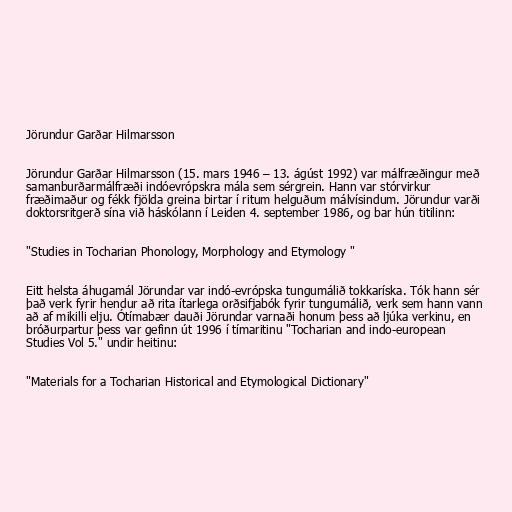
Jörundur Garðar Hilmarsson

Jörundur Garðar Hilmarsson (15. mars 1946 – 13. ágúst 1992) var málfræðingur með
samanburðarmálfræði indóevrópskra mála sem sérgrein. Hann var stórvirkur
fræðimaður og fékk fjölda greina birtar í ritum helguðum málvísindum. Jörundur varði
doktorsritgerð sína við háskólann í Leiden 4. september 1986, og bar hún titilinn:

"Studies in Tocharian Phonology, Morphology and Etymology "

Eitt helsta áhugamál Jörundar var indó-evrópska tungumálið tokkaríska. Tók hann sér
það verk fyrir hendur að rita ítarlega orðsifjabók fyrir tungumálið, verk sem hann vann
að af mikilli elju. Ótímabær dauði Jörundar varnaði honum þess að ljúka verkinu, en
bróðurpartur þess var gefinn út 1996 í tímaritinu "Tocharian and indo-european
Studies Vol 5." undir heitinu:

"Materials for a Tocharian Historical and Etymological Dictionary"